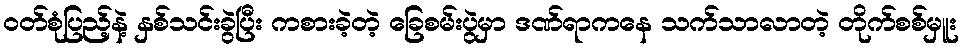
ဝတ်စုံပြည့်နဲ့ နှစ်သင်းခွဲပြီး ကစားခဲ့တဲ့ ခြေစမ်းပွဲမှာ ဒဏ်ရာကနေ သက်သာလာတဲ့ တိုက်စစ်မှူး